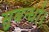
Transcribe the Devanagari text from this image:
सुबन्‍धो।